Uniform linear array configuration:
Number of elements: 24
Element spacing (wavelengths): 0.75
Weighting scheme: exponential
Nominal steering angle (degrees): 45
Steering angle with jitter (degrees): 46.513
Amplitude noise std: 0.05
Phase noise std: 0.05

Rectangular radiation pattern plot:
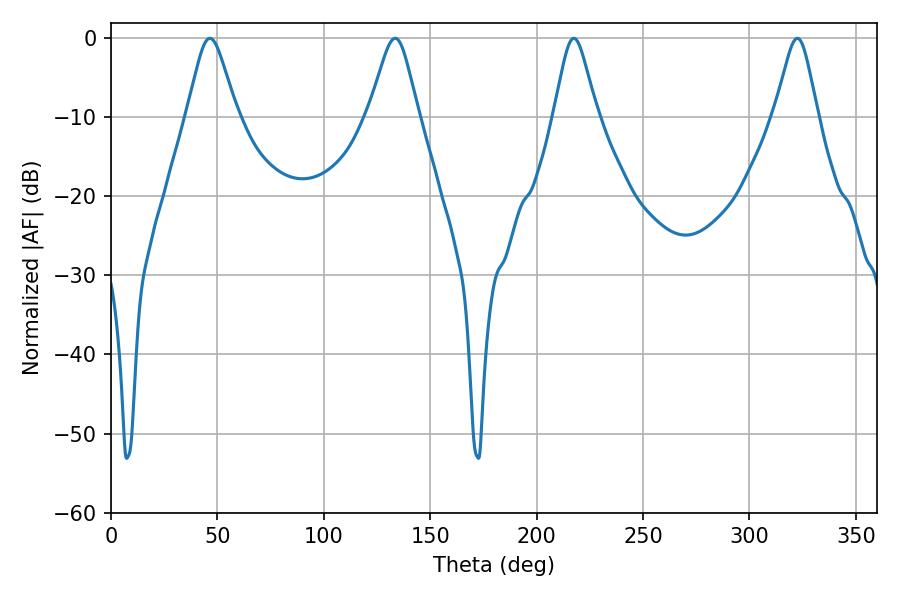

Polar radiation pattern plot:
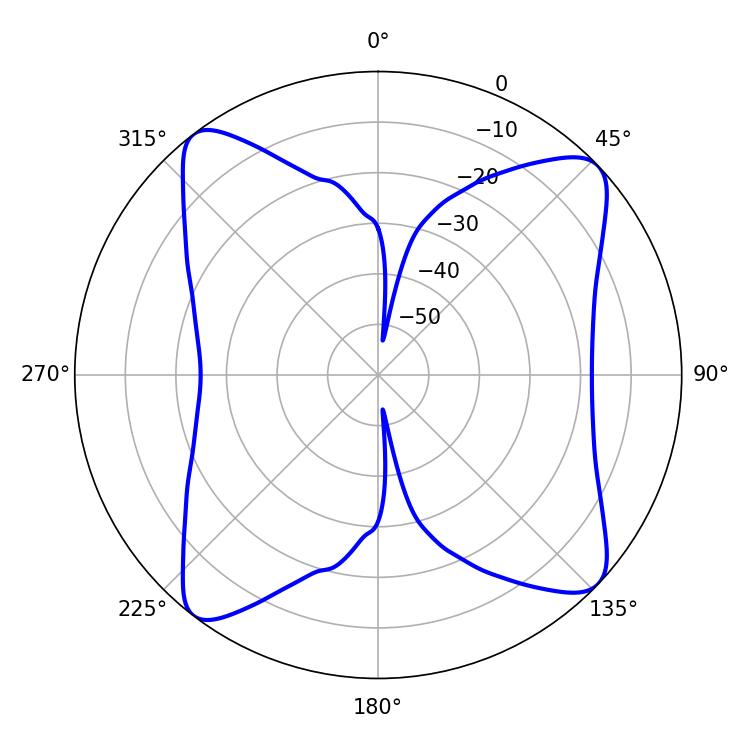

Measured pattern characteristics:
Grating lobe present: TRUE
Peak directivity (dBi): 12.897
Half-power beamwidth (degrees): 11.34
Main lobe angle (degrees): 46.44